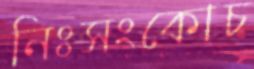
নিঃসংকোচ